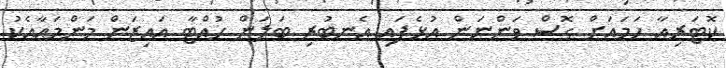
ކޮޓަރިއާ ހަމައަށް ގޮސް ވަންނަން އުޅެފައި އެނބުރި ބަލަން ހުއްޓާ އައިޒަން މަންމައާއެކު